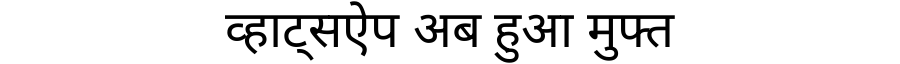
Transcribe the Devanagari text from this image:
व्हाट्सऐप अब हुआ मुफ्त